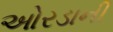
ઓરડાની